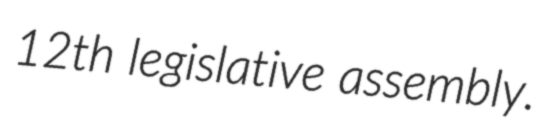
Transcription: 12th legislative assembly.